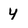
Character: Y